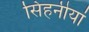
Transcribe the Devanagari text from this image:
सिंहनीयां